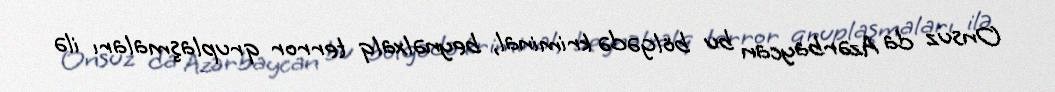
Onsuz da Azərbaycan bu bölgədə kriminal, beynəlxalq terror qruplaşmaları ilə